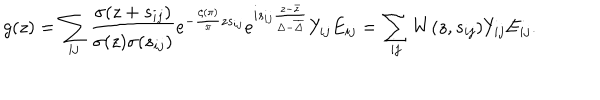
LaTeX: g ( z ) = \sum _ { i j } \frac { \sigma ( z + s _ { i j } ) } { \sigma ( z ) \sigma ( s _ { i j } ) } e ^ { - \frac { \zeta ( \pi ) } { \pi } z s _ { i j } } e ^ { i s _ { i j } \frac { z - \bar { z } } { \Delta - \overline { { \Delta } } } } Y _ { i j } E _ { i j } = \sum _ { i j } W ( z , s _ { i j } ) Y _ { i j } E _ { i j } .